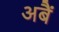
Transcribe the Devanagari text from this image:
अबैं